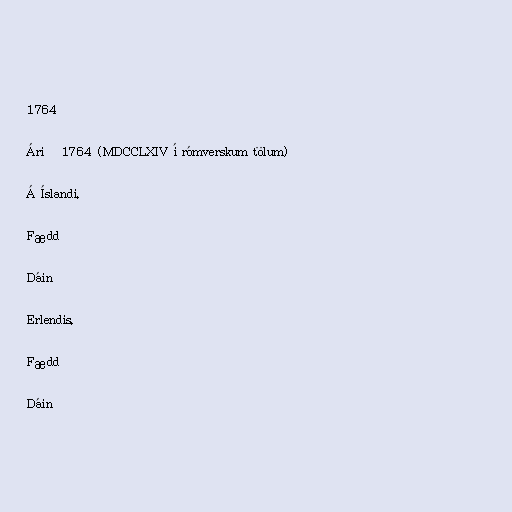
1764

Árið 1764 (MDCCLXIV í rómverskum tölum)

Á Íslandi.

Fædd

Dáin

Erlendis.

Fædd

Dáin